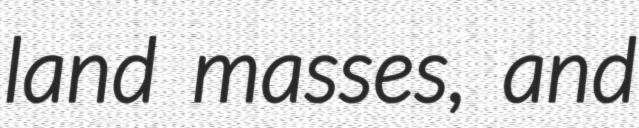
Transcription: land masses, and